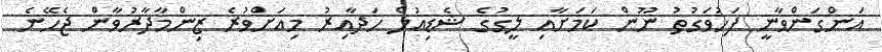
އަންގަންވާނީ ފަހުވަގުތު ނޫން ކަމަށާއި ލީގުގެ ޝެޑިއުލް ހަދާއިރު މިއަށްވުރެ ޒިންމާދާރުވާން ޖެހޭނެ